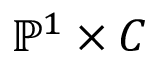
\mathbb { P } ^ { 1 } \times C